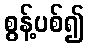
စွန့်ပစ်၍